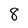
Character: 8